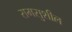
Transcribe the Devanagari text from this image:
रामसुशील